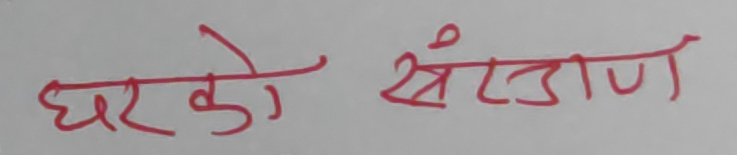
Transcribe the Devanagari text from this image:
घरको सँज्ञान